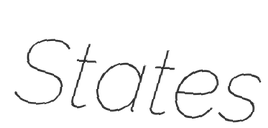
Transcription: States